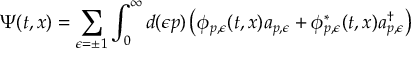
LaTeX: \Psi ( t , x ) = \sum _ { \epsilon = \pm 1 } \int _ { 0 } ^ { \infty } d ( \epsilon p ) \left( \phi _ { p , \epsilon } ( t , x ) a _ { p , \epsilon } + \phi _ { p , \epsilon } ^ { \ast } ( t , x ) a _ { p , \epsilon } ^ { \dagger } \right)